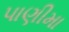
પાણીમા